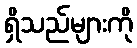
ရှိသည်များကို